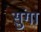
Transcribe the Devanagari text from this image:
सुंगा